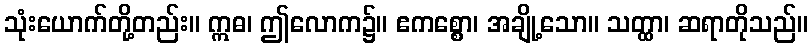
သုံးယောက်တို့တည်း။ ဣဓ၊ ဤလောက၌။ ဧကစ္စော၊ အချို့သော။ သတ္ထာ၊ ဆရာတိုသည်။